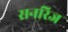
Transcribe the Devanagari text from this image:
सनरिज